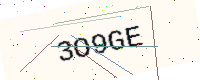
Text: 3O9GE